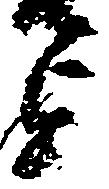
を